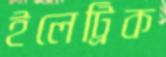
ইলেট্রিক